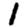
Digit: 1